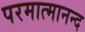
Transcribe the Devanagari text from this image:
परमात्मानन्द